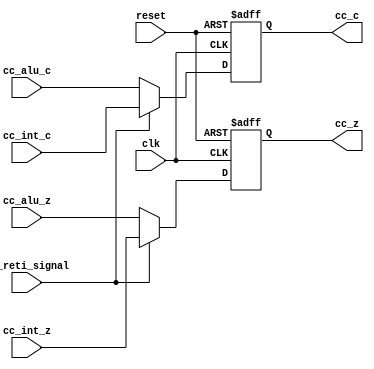
module condition_code (clk, reset, cc_alu_c, cc_alu_z, cc_int_c, cc_int_z, cc_c, cc_z, cc_reti_signal);


input							 clk;
input                    reset;
input                    cc_alu_c;
input                    cc_alu_z;
input                    cc_int_c;
input                    cc_int_z;
input                    cc_reti_signal;

output                   cc_c;
output                   cc_z;

reg                      cc_c;
reg                      cc_z;

always@(posedge clk or negedge reset)
begin
  if(reset != 1'b1 )
  begin
    cc_c <= 0;
    cc_z <= 0;
  end

  else if(cc_reti_signal == 1'b1 )//RETI
  begin
    cc_c <= cc_int_c;
    cc_z <= cc_int_z;
  end
  
  else
  begin
    cc_c <= cc_alu_c;
    cc_z <= cc_alu_z;
  end

end
endmodule